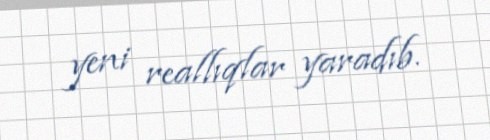
yeni reallıqlar yaradıb.